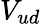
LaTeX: V_{ud}